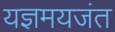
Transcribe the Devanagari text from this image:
यज्ञमयजंत